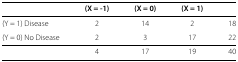
<table><thead><tr><td><b> </b></td><td><b>(X = -1)</b></td><td><b>(X = 0)</b></td><td><b>(X = 1)</b></td><td><b> </b></td></tr></thead><tbody><tr><td>(Y = 1) Disease</td><td>2</td><td>14</td><td>2</td><td>18</td></tr><tr><td>(Y = 0) No Disease</td><td>2</td><td>3</td><td>17</td><td>22</td></tr><tr><td> </td><td>4</td><td>17</td><td>19</td><td>40</td></tr></tbody></table>